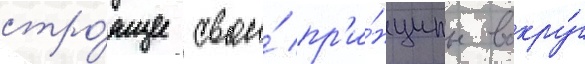
стро́ящее свои́ пр'и́нципы вокру́г